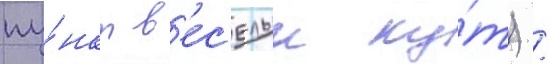
пу́нкт в'ес'елыи ку́т) /